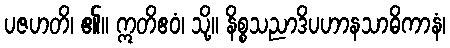
ပဇဟတိ၊ ၏။ ဣတိဧဝံ၊ သို့။ နိစ္စသညာဒိပဟာနသာဓိကာနံ၊